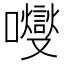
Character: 𡄕